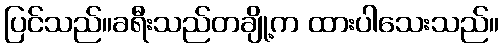
ပြင်သည်။ခရီးသည်တချို့က ထားပါသေးသည်။